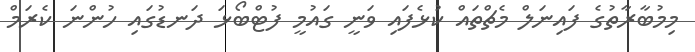
މިމުބާރާތުގެ ފައިނަލް މެޗްތައް ކުޅެފައި ވަނީ ގައުމީ ފުޓްބޯޅަ ދަނޑުގައި ހުންނަ ކެރަމް